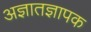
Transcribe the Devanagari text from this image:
अज्ञातज्ञापक